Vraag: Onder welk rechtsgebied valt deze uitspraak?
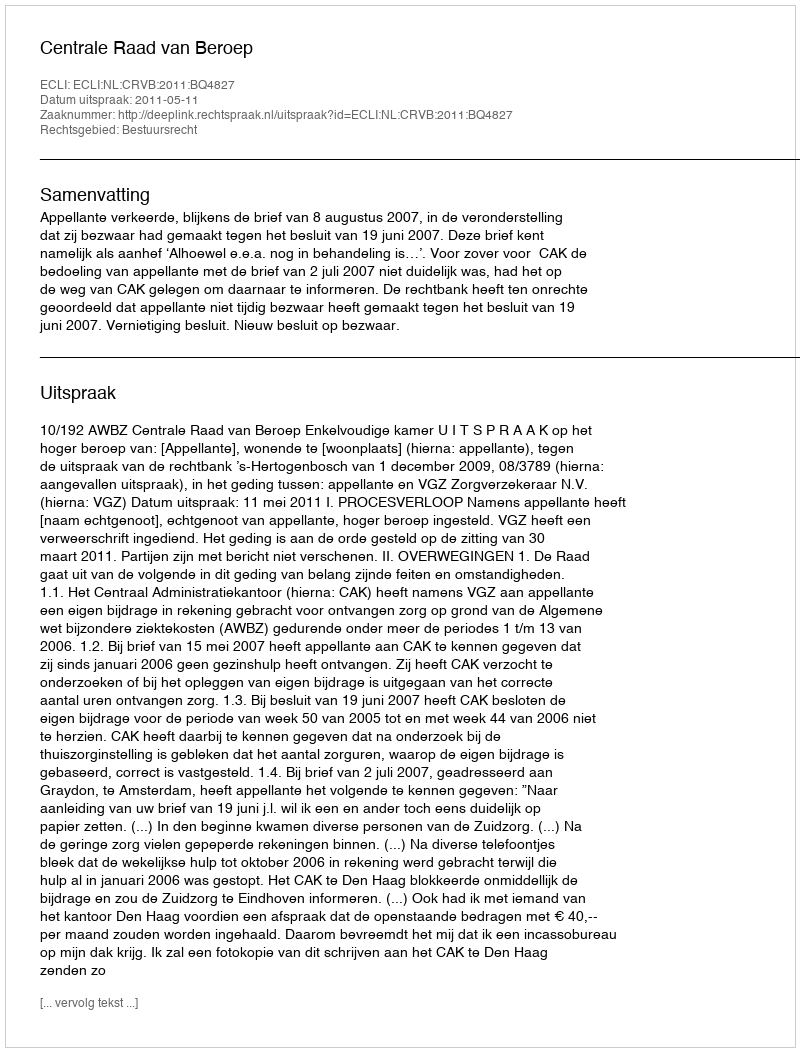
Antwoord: Bestuursrecht